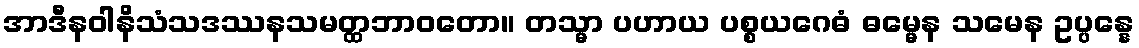
အာဒီနဝါနိသံသဒဿနသမတ္ထဘာဝတော။ တသ္မာ ပဟာယ ပစ္စယဂေဓံ ဓမ္မေန သမေန ဥပ္ပန္နေ